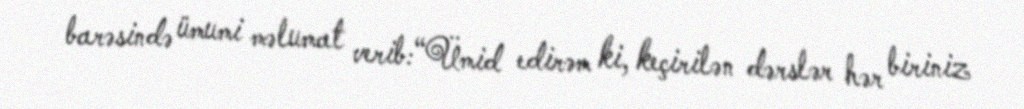
barəsində ümumi məlumat verib:“Ümid edirəm ki, keçirilən dərslər hər biriniz